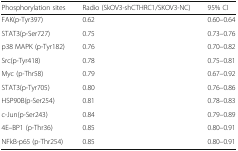
| Phosphorylation sites | Radio (SkOV3-shCTHRC1/SKOV3-NC) | 95% CI |
 | --- | --- | --- |
 | FAK(p-Tyr397) | 0.62 | 0.60–0.64 |
 | STAT3(p-Ser727) | 0.75 | 0.73–0.76 |
 | p38 MAPK (p-Tyr182) | 0.76 | 0.70–0.82 |
 | Src(p-Tyr418) | 0.78 | 0.75–0.81 |
 | Myc (p-Thr58) | 0.79 | 0.67–0.92 |
 | STAT3(p-Tyr705) | 0.80 | 0.76–0.86 |
 | HSP90B(p-Ser254) | 0.81 | 0.78–0.83 |
 | c-Jun(p-Ser243) | 0.84 | 0.79–0.89 |
 | 4E–BP1 (p-Thr36) | 0.85 | 0.80–0.91 |
 | NFkB-p65 (p-Thr254) | 0.85 | 0.80–0.91 |